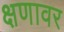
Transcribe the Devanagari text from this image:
क्षणावर